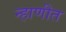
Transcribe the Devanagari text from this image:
न्हाणीत